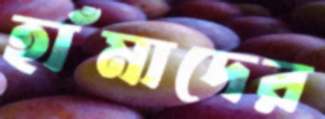
হাঁমাদের